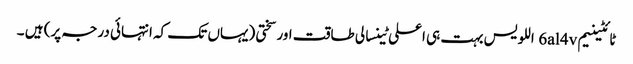
ٹائٹینیم 6al4v اللویس بہت ہی اعلی ٹینسالی طاقت اور سختی (یہاں تک کہ انتہائی درجہ پر) ہیں ۔